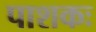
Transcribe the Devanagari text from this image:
पाशकः